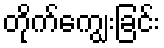
တိုက်ကျွေးခြင်း